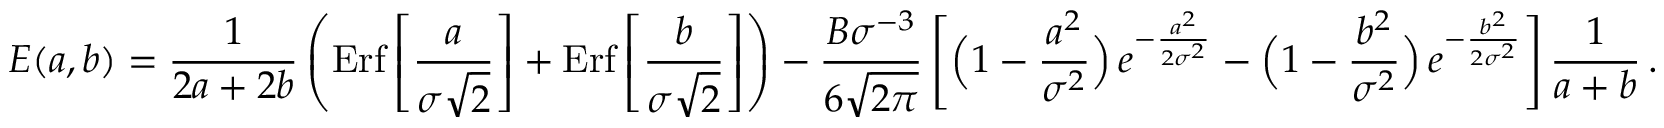
E ( a , b ) = { \frac { 1 } { 2 a + 2 b } } \left( \mathrm { E r f } \left[ { \frac { a } { \sigma \sqrt 2 } } \right] + \mathrm { E r f } \left[ { \frac { b } { \sigma \sqrt 2 } } \right] \right) - { \frac { B \sigma ^ { - 3 } } { 6 \sqrt { 2 \pi } } } \left[ \Big ( 1 - { \frac { a ^ { 2 } } { \sigma ^ { 2 } } } \Big ) \, e ^ { - { \frac { a ^ { 2 } } { 2 \sigma ^ { 2 } } } } - \Big ( 1 - { \frac { b ^ { 2 } } { \sigma ^ { 2 } } } \Big ) \, e ^ { - { \frac { b ^ { 2 } } { 2 \sigma ^ { 2 } } } } \right] { \frac { 1 } { a + b } } \, .